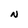
Character: N